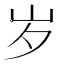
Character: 岁